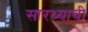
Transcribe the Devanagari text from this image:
सारथ्याची